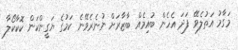
މަގާމު އަތުލެވޭ ފަދަ އެހެން ބުއިމެއް ބާޒާރަށް ނުނެރެވޭނެ ކަމުގެ ޔަގީންކަން ކޮކާކޯލާ